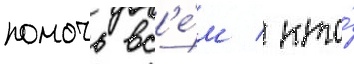
помочь вс'е́м / кто́